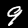
Label: 9